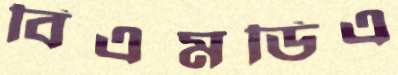
বিএমডিএ